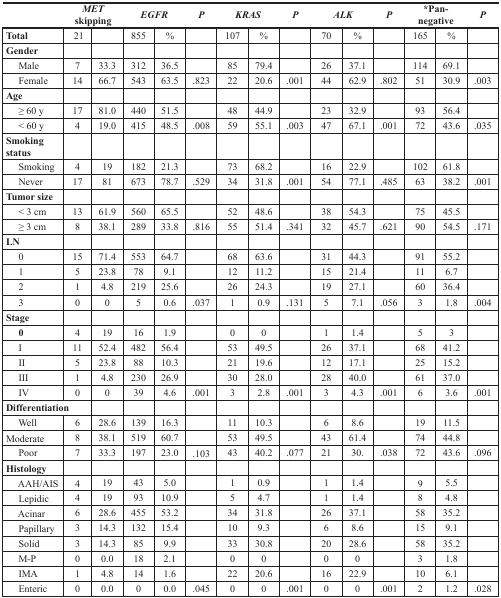
<table><thead><tr><td></td><td colspan="2"><b><i>MET</i> skipping</b></td><td colspan="2"><b><i>EGFR</i></b></td><td><b><i>P</i></b></td><td colspan="2"><b><i>KRAS</i></b></td><td><b><i>P</i></b></td><td colspan="2"><b><i>ALK</i></b></td><td><b><i>P</i></b></td><td colspan="2"><b>*Pan-negative</b></td><td><b><i>P</i></b></td></tr></thead><tbody><tr><td><b>Total</b></td><td>21</td><td></td><td>855</td><td>%</td><td></td><td>107</td><td>%</td><td></td><td>70</td><td>%</td><td></td><td>165</td><td>%</td><td></td></tr><tr><td><b>Gender</b></td><td></td><td></td><td></td><td></td><td></td><td></td><td></td><td></td><td></td><td></td><td></td><td></td><td></td><td></td></tr><tr><td> Male</td><td>7</td><td>33.3</td><td>312</td><td>36.5</td><td></td><td>85</td><td>79.4</td><td></td><td>26</td><td>37.1</td><td></td><td>114</td><td>69.1</td><td></td></tr><tr><td> Female</td><td>14</td><td>66.7</td><td>543</td><td>63.5</td><td>.823</td><td>22</td><td>20.6</td><td>.001</td><td>44</td><td>62.9</td><td>.802</td><td>51</td><td>30.9</td><td>.003</td></tr><tr><td><b>Age</b></td><td></td><td></td><td></td><td></td><td></td><td></td><td></td><td></td><td></td><td></td><td></td><td></td><td></td><td></td></tr><tr><td> ≥ 60 y</td><td>17</td><td>81.0</td><td>440</td><td>51.5</td><td></td><td>48</td><td>44.9</td><td></td><td>23</td><td>32.9</td><td></td><td>93</td><td>56.4</td><td></td></tr><tr><td> &lt; 60 y</td><td>4</td><td>19.0</td><td>415</td><td>48.5</td><td>.008</td><td>59</td><td>55.1</td><td>.003</td><td>47</td><td>67.1</td><td>.001</td><td>72</td><td>43.6</td><td>.035</td></tr><tr><td><b>Smoking status</b></td><td></td><td></td><td></td><td></td><td></td><td></td><td></td><td></td><td></td><td></td><td></td><td></td><td></td><td></td></tr><tr><td> Smoking</td><td>4</td><td>19</td><td>182</td><td>21.3</td><td></td><td>73</td><td>68.2</td><td></td><td>16</td><td>22.9</td><td></td><td>102</td><td>61.8</td><td></td></tr><tr><td> Never</td><td>17</td><td>81</td><td>673</td><td>78.7</td><td>.529</td><td>34</td><td>31.8</td><td>.001</td><td>54</td><td>77.1</td><td>.485</td><td>63</td><td>38.2</td><td>.001</td></tr><tr><td><b>Tumor size</b></td><td></td><td></td><td></td><td></td><td></td><td></td><td></td><td></td><td></td><td></td><td></td><td></td><td></td><td></td></tr><tr><td> &lt; 3 cm</td><td>13</td><td>61.9</td><td>560</td><td>65.5</td><td></td><td>52</td><td>48.6</td><td></td><td>38</td><td>54.3</td><td></td><td>75</td><td>45.5</td><td></td></tr><tr><td> ≥ 3 cm</td><td>8</td><td>38.1</td><td>289</td><td>33.8</td><td>.816</td><td>55</td><td>51.4</td><td>.341</td><td>32</td><td>45.7</td><td>.621</td><td>90</td><td>54.5</td><td>.171</td></tr><tr><td><b>LN</b></td><td></td><td></td><td></td><td></td><td></td><td></td><td></td><td></td><td></td><td></td><td></td><td></td><td></td><td></td></tr><tr><td> 0</td><td>15</td><td>71.4</td><td>553</td><td>64.7</td><td></td><td>68</td><td>63.6</td><td></td><td>31</td><td>44.3</td><td></td><td>91</td><td>55.2</td><td></td></tr><tr><td> 1</td><td>5</td><td>23.8</td><td>78</td><td>9.1</td><td></td><td>12</td><td>11.2</td><td></td><td>15</td><td>21.4</td><td></td><td>11</td><td>6.7</td><td></td></tr><tr><td> 2</td><td>1</td><td>4.8</td><td>219</td><td>25.6</td><td></td><td>26</td><td>24.3</td><td></td><td>19</td><td>27.1</td><td></td><td>60</td><td>36.4</td><td></td></tr><tr><td> 3</td><td>0</td><td>0</td><td>5</td><td>0.6</td><td>.037</td><td>1</td><td>0.9</td><td>.131</td><td>5</td><td>7.1</td><td>.056</td><td>3</td><td>1.8</td><td>.004</td></tr><tr><td><b>Stage</b></td><td></td><td></td><td></td><td></td><td></td><td></td><td></td><td></td><td></td><td></td><td></td><td></td><td></td><td></td></tr><tr><td> <b>0</b></td><td>4</td><td>19</td><td>16</td><td>1.9</td><td></td><td>0</td><td>0</td><td></td><td>1</td><td>1.4</td><td></td><td>5</td><td>3</td><td></td></tr><tr><td> I</td><td>11</td><td>52.4</td><td>482</td><td>56.4</td><td></td><td>53</td><td>49.5</td><td></td><td>26</td><td>37.1</td><td></td><td>68</td><td>41.2</td><td></td></tr><tr><td> II</td><td>5</td><td>23.8</td><td>88</td><td>10.3</td><td></td><td>21</td><td>19.6</td><td></td><td>12</td><td>17.1</td><td></td><td>25</td><td>15.2</td><td></td></tr><tr><td> III</td><td>1</td><td>4.8</td><td>230</td><td>26.9</td><td></td><td>30</td><td>28.0</td><td></td><td>28</td><td>40.0</td><td></td><td>61</td><td>37.0</td><td></td></tr><tr><td> IV</td><td>0</td><td>0</td><td>39</td><td>4.6</td><td>.001</td><td>3</td><td>2.8</td><td>.001</td><td>3</td><td>4.3</td><td>.001</td><td>6</td><td>3.6</td><td>.001</td></tr><tr><td><b>Differentiation</b></td><td></td><td></td><td></td><td></td><td></td><td></td><td></td><td></td><td></td><td></td><td></td><td></td><td></td></tr><tr><td> Well</td><td>6</td><td>28.6</td><td>139</td><td>16.3</td><td></td><td>11</td><td>10.3</td><td></td><td>6</td><td>8.6</td><td></td><td>19</td><td>11.5</td><td></td></tr><tr><td>Moderate</td><td>8</td><td>38.1</td><td>519</td><td>60.7</td><td></td><td>53</td><td>49.5</td><td></td><td>43</td><td>61.4</td><td></td><td>74</td><td>44.8</td><td></td></tr><tr><td> Poor</td><td>7</td><td>33.3</td><td>197</td><td>23.0</td><td>.103</td><td>43</td><td>40.2</td><td>.077</td><td>21</td><td>30.</td><td>.038</td><td>72</td><td>43.6</td><td>.096</td></tr><tr><td><b>Histology</b></td><td></td><td></td><td></td><td></td><td></td><td></td><td></td><td></td><td></td><td></td><td></td><td></td><td></td><td></td></tr><tr><td> AAH/AIS</td><td>4</td><td>19</td><td>43</td><td>5.0</td><td></td><td>1</td><td>0.9</td><td></td><td>1</td><td>1.4</td><td></td><td>9</td><td>5.5</td><td></td></tr><tr><td> Lepidic</td><td>4</td><td>19</td><td>93</td><td>10.9</td><td></td><td>5</td><td>4.7</td><td></td><td>1</td><td>1.4</td><td></td><td>8</td><td>4.8</td><td></td></tr><tr><td> Acinar</td><td>6</td><td>28.6</td><td>455</td><td>53.2</td><td></td><td>34</td><td>31.8</td><td></td><td>26</td><td>37.1</td><td></td><td>58</td><td>35.2</td><td></td></tr><tr><td> Papillary</td><td>3</td><td>14.3</td><td>132</td><td>15.4</td><td></td><td>10</td><td>9.3</td><td></td><td>6</td><td>8.6</td><td></td><td>15</td><td>9.1</td><td></td></tr><tr><td> Solid</td><td>3</td><td>14.3</td><td>85</td><td>9.9</td><td></td><td>33</td><td>30.8</td><td></td><td>20</td><td>28.6</td><td></td><td>58</td><td>35.2</td><td></td></tr><tr><td> M-P</td><td>0</td><td>0.0</td><td>18</td><td>2.1</td><td></td><td>0</td><td>0</td><td></td><td>0</td><td>0</td><td></td><td>3</td><td>1.8</td><td></td></tr><tr><td> IMA</td><td>1</td><td>4.8</td><td>14</td><td>1.6</td><td></td><td>22</td><td>20.6</td><td></td><td>16</td><td>22.9</td><td></td><td>10</td><td>6.1</td><td></td></tr><tr><td> Enteric</td><td>0</td><td>0.0</td><td>0</td><td>0.0</td><td>.045</td><td>0</td><td>0</td><td>.001</td><td>0</td><td>0</td><td>.001</td><td>2</td><td>1.2</td><td>.028</td></tr></tbody></table>